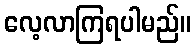
လေ့လာကြရပါမည်။